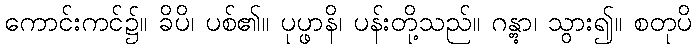
ကောင်းကင်၌။ ခိပိ၊ ပစ်၏။ ပုပ္ဖာနိ၊ ပန်းတို့သည်။ ဂန္တွာ၊ သွား၍။ စတုပိ